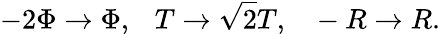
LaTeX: -2\Phi\rightarrow\Phi,~~~T\rightarrow\sqrt 2T,~~~-R\rightarrow R.